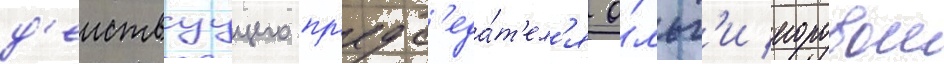
д'еиствуущего пр'едс'еда́т'ел'я о́льг'и егоровои